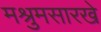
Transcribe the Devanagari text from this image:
मश्रुमसारखे